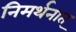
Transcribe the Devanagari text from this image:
निमर्थनात्